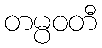
တမ္ပဝတီ